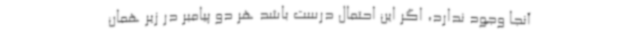
آنجا وجود ندارد، اگر این احتمال درست باشد هر دو پیامبر در زیر همان